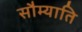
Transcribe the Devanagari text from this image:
सौम्याति